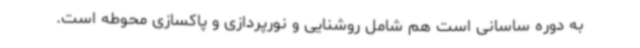
به دوره ساسانی است هم شامل روشنایی و نورپردازی و پاکسازی محوطه است.